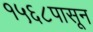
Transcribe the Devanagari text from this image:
१५६८पासून